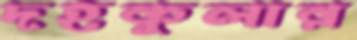
দহকুলার